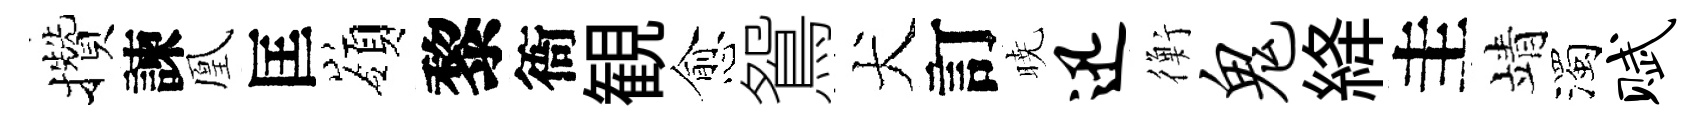
攢諫凰匡嶺黎衙観愈鴛犬訂暁迅衡鬼絳圭靖濁赋